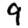
Digit: 9